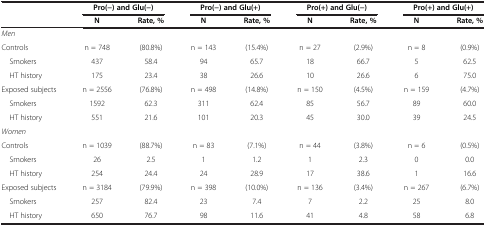
| <ROWSPAN=2>  | <COLSPAN=2> Pro(-) and Glu(-) | <COLSPAN=2> Pro(-) and Glu(+) | <COLSPAN=2> Pro(+) and Glu(-) | <COLSPAN=2> Pro(+) and Glu(+) |
 | N | Rate, % | N | Rate, % | N | Rate, % | N | Rate, % |
 | --- | --- | --- | --- | --- | --- | --- | --- | --- |
 | Men |  |  |  |  |  |  |  |  |
 | Controls | n = 748 | (80.8%) | n = 143 | (15.4%) | n = 27 | (2.9%) | n = 8 | (0.9%) |
 | Smokers | 437 | 58.4 | 94 | 65.7 | 18 | 66.7 | 5 | 62.5 |
 | HT history | 175 | 23.4 | 38 | 26.6 | 10 | 26.6 | 6 | 75.0 |
 | Exposed subjects | n = 2556 | (76.8%) | n = 498 | (14.8%) | n = 150 | (4.5%) | n = 159 | (4.7%) |
 | Smokers | 1592 | 62.3 | 311 | 62.4 | 85 | 56.7 | 89 | 60.0 |
 | HT history | 551 | 21.6 | 101 | 20.3 | 45 | 30.0 | 39 | 24.5 |
 | Women |  |  |  |  |  |  |  |  |
 | Controls | n = 1039 | (88.7%) | n = 83 | (7.1%) | n = 44 | (3.8%) | n = 6 | (0.5%) |
 | Smokers | 26 | 2.5 | 1 | 1.2 | 1 | 2.3 | 0 | 0.0 |
 | HT history | 254 | 24.4 | 24 | 28.9 | 17 | 38.6 | 1 | 16.6 |
 | Exposed subjects | n = 3184 | (79.9%) | n = 398 | (10.0%) | n = 136 | (3.4%) | n = 267 | (6.7%) |
 | Smokers | 257 | 82.4 | 23 | 7.4 | 7 | 2.2 | 25 | 8.0 |
 | HT history | 650 | 76.7 | 98 | 11.6 | 41 | 4.8 | 58 | 6.8 |